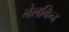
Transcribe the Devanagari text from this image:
नेलकिन